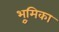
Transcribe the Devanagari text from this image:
भूुमिका